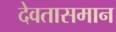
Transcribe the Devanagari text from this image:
देवतासमान